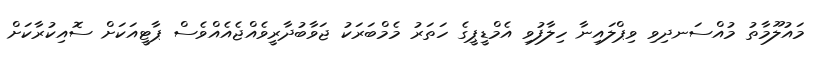
މައުލޫމާތު މުއްސަނދިވި ވިޕްލައިނާ ހިލާފުވި އެމްޑީޕީގެ ހަތަރު މެމްބަރަކު ޖަވާބުދާރީވެއްޖެއެއްވެސް ޕާޓީއަކަށް ސޮއިކުރާކަށް